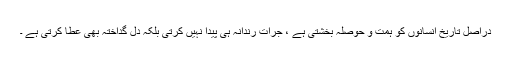
دراصل تاریخ انسانوں کو ہمت و حوصلہ بخشتی ہے ، جرات رندانہ ہی پیدا نہیں کرتی بلکہ دل گداختہ بھی عطا کرتی ہے ۔